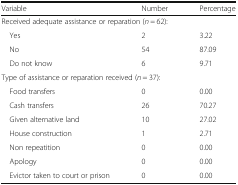
<table><thead><tr><td><b>Variable</b></td><td><b>Number</b></td><td><b>Percentage</b></td></tr></thead><tbody><tr><td colspan="3">Received adequate assistance or reparation (<i>n</i> = 62):</td></tr><tr><td> Yes</td><td>2</td><td>3.22</td></tr><tr><td> No</td><td>54</td><td>87.09</td></tr><tr><td> Do not know</td><td>6</td><td>9.71</td></tr><tr><td colspan="3">Type of assistance or reparation received (<i>n</i> = 37):</td></tr><tr><td> Food transfers</td><td>0</td><td>0.00</td></tr><tr><td> Cash transfers</td><td>26</td><td>70.27</td></tr><tr><td> Given alternative land</td><td>10</td><td>27.02</td></tr><tr><td> House construction</td><td>1</td><td>2.71</td></tr><tr><td> Non repeatition</td><td>0</td><td>0.00</td></tr><tr><td> Apology</td><td>0</td><td>0.00</td></tr><tr><td> Evictor taken to court or prison</td><td>0</td><td>0.00</td></tr></tbody></table>